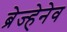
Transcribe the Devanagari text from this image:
ब्रेज्हेनेव